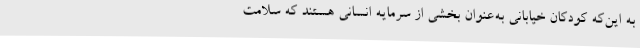
به این‌که کودکان خیابانی به‌عنوان بخشی از سرمایه انسانی هستند که سلامت